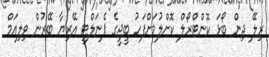
ރިލޭ ދިން ބޯޅަ ކޮންޓްރޯލް ކޮށްލުމަށްފަހު ބީޖީގެ ޕެނަލްޓީ އޭރިޔާ ބޭރުން ވިލިއަމް